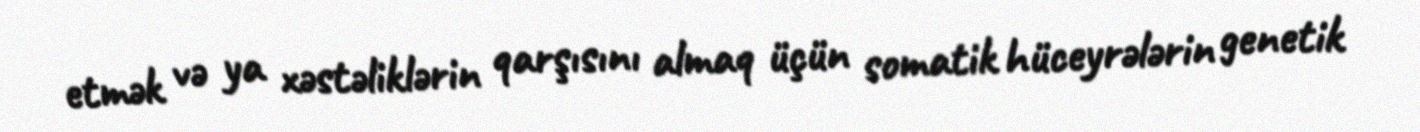
etmək və ya xəstəliklərin qarşısını almaq üçün somatik hüceyrələrin genetik